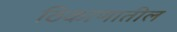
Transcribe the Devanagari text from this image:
ठिकाणातील